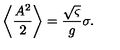
\left\langle \frac { A ^ { 2 } } { 2 } \right\rangle = \frac { \sqrt { \varsigma } } { g } \sigma .